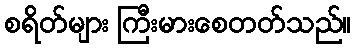
စရိတ်များ ကြီးမားစေတတ်သည်။